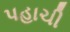
પહાચી